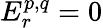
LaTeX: E_{r}^{p,q}=0